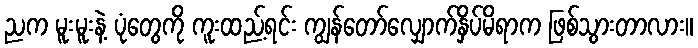
ညက မူးမူးနဲ့ ပုံတွေကို ကူးထည့်ရင်း ကျွန်တော်လျှောက်နှိပ်မိရာက ဖြစ်သွားတာလား။